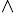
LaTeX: ^{\wedge}